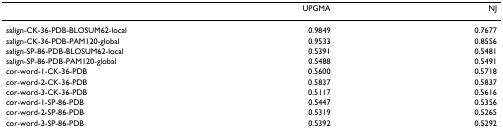
<table><thead><tr><td>[EMPTY_CELL]</td><td><b>UPGMA</b></td><td><b>NJ</b></td></tr></thead><tbody><tr><td>salign-CK-36-PDB-BLOSUM62-local</td><td>0.9849</td><td>0.7677</td></tr><tr><td>salign-CK-36-PDB-PAM120-global</td><td>0.9533</td><td>0.8556</td></tr><tr><td>salign-SP-86-PDB-BLOSUM62-local</td><td>0.5391</td><td>0.5481</td></tr><tr><td>salign-SP-86-PDB-PAM120-global</td><td>0.5488</td><td>0.5491</td></tr><tr><td>cor-word-1-CK-36-PDB</td><td>0.5600</td><td>0.5718</td></tr><tr><td>cor-word-2-CK-36-PDB</td><td>0.5837</td><td>0.5837</td></tr><tr><td>cor-word-3-CK-36-PDB</td><td>0.5117</td><td>0.5616</td></tr><tr><td>cor-word-1-SP-86-PDB</td><td>0.5447</td><td>0.5356</td></tr><tr><td>cor-word-2-SP-86-PDB</td><td>0.5319</td><td>0.5265</td></tr><tr><td>cor-word-3-SP-86-PDB</td><td>0.5392</td><td>0.5292</td></tr></tbody></table>